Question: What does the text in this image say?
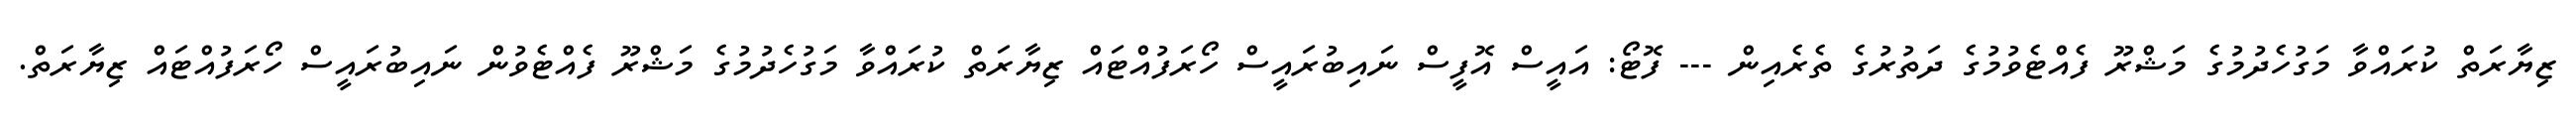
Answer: ޒިޔާރަތް ކުރައްވާ މަގުހެދުމުގެ މަޝްރޫ ފެއްޓެވުމުގެ ދަތުރުގެ ތެރެއިން --- ފޮޓޯ: އައީސް އޮފީސް ނައިބުރައީސް ހޯރަފުއްޓައް ޒިޔާރަތް ކުރައްވާ މަގުހެދުމުގެ މަޝްރޫ ފެއްޓެވުން ނައިބުރައީސް ހޯރަފުއްޓައް ޒިޔާރަތް.